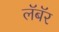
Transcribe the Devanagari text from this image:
लॅबॅर